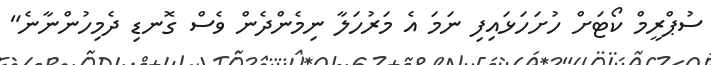
ސުޕްރީމް ކޯޓަށް ހުށަހަޅައިފި ނަމަ އެ މަރުހަލާ ނިމެންދެން ވެސް ގޮނޑި ދެމިހުންނާނެ"